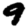
Digit: 9